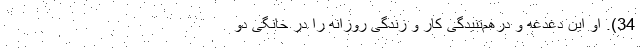
34). او این دغدغه و درهم‌تنیدگی کار و زندگی روزانه را در خانگی دو